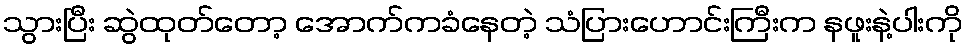
သွားပြီး ဆွဲထုတ်တော့ အောက်ကခံနေတဲ့ သံပြားဟောင်းကြီးက နဖူးနဲ့ပါးကို